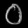
Digit: ၀